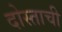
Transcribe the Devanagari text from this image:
दोस्ताची